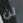
لن